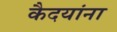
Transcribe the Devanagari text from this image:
कैदयांना